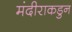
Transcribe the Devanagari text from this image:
मंदीराकडुन